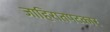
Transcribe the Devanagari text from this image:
जाहिरातपटकार